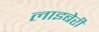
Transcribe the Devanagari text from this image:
लाइबेरी